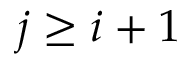
j \ge i + 1